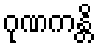
ဂုဏကန္တိ